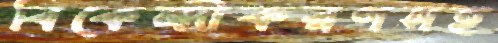
বিকেন্দ্রীকরণসহ